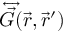
\overleftrightarrow { \vec { G } } ( \vec { r } , \vec { r } ^ { \prime } )